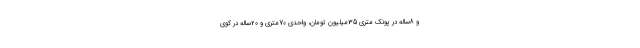
و 8ساله در پونک متری 35میلیون تومان، واحدی 70متری و 20ساله در کوی